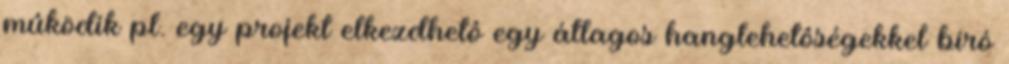
mûködik pl. egy projekt elkezdhetô egy átlagos hanglehetôségekkel bíró